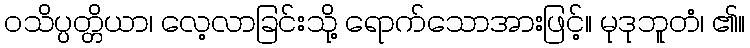
ဝသိပ္ပတ္တိယာ၊ လေ့လာခြင်းသို့ ရောက်သောအားဖြင့်။ မုဒုဘူတံ၊ ၏။